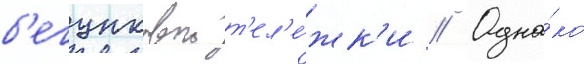
б'егунковои т'ел'е́жк'и // Одна́ко